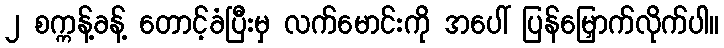
၂ စက္ကန့်ခန့် တောင့်ခံပြီးမှ လက်မောင်းကို အပေါ် ပြန်မြှောက်လိုက်ပါ။